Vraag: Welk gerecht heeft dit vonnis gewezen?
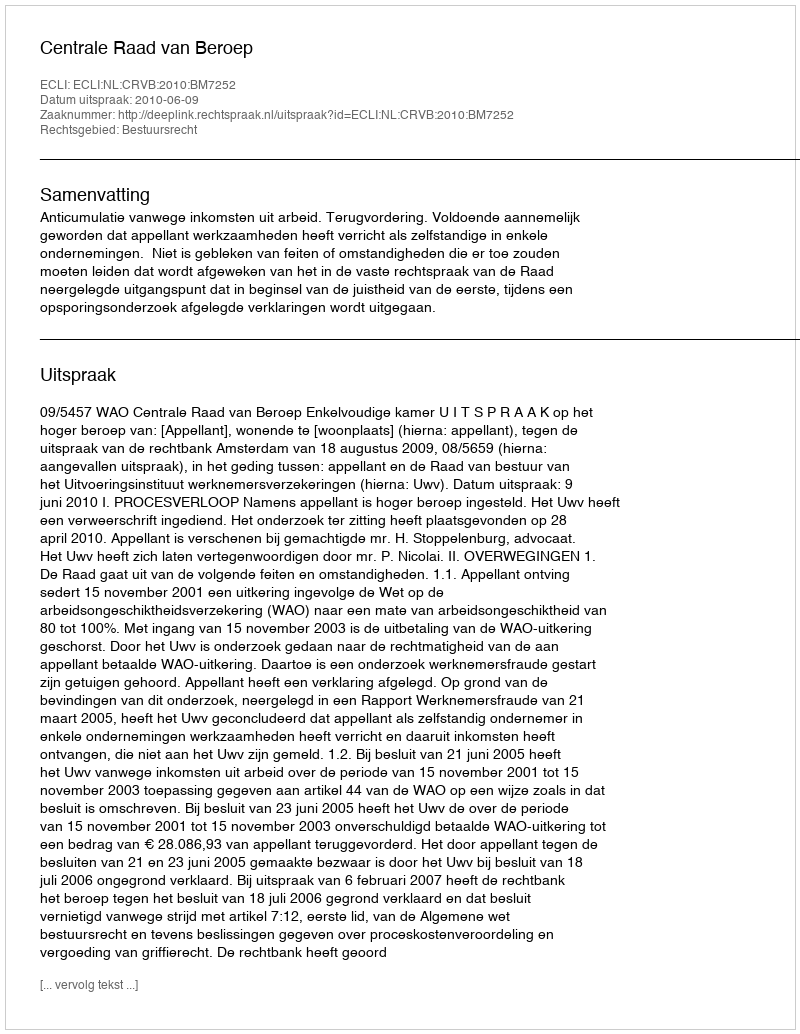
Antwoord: Centrale Raad van Beroep